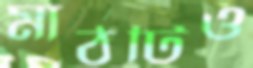
মাঠটিও